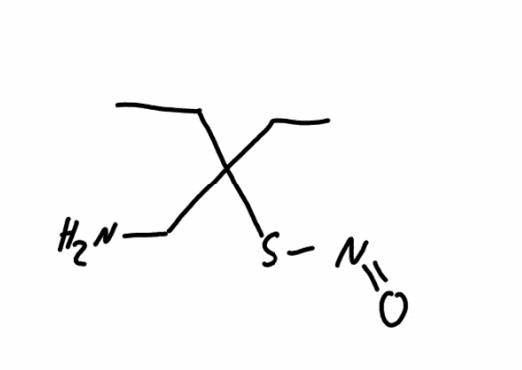
Simplified molecular-input line-entry system (SMILES) notation of the given molecule:
CCC(CC)(CN)SN=O